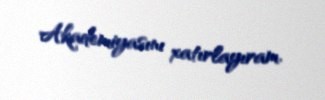
Akademiyasını xatırlayıram.